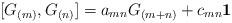
\begin{align*}\lbrack G_{(m)},G_{(n)}]=a_{mn}G_{(m+n)}+c_{mn}\mathbf{1}\end{align*}